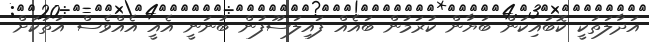
އަދާލަތަކީ ކޮބައިކަން ބަޔާން ކުރަމުން ބައެއް ފައިލަސޫފުން ބުނަނީ އެއީ އެއްވެސް އަތަކަށް